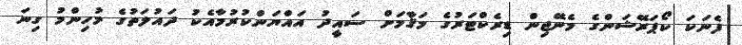
ފެނަކަ ކޯޕަރޭޝަންގެ މެނޭޖިން ޑިރެކްޓަރުގެ މަޤާމަށް ސައީދު އައްޔަންކުރުމާއެކު ދައުލަތުގެ މުހިންމު ގިނަ